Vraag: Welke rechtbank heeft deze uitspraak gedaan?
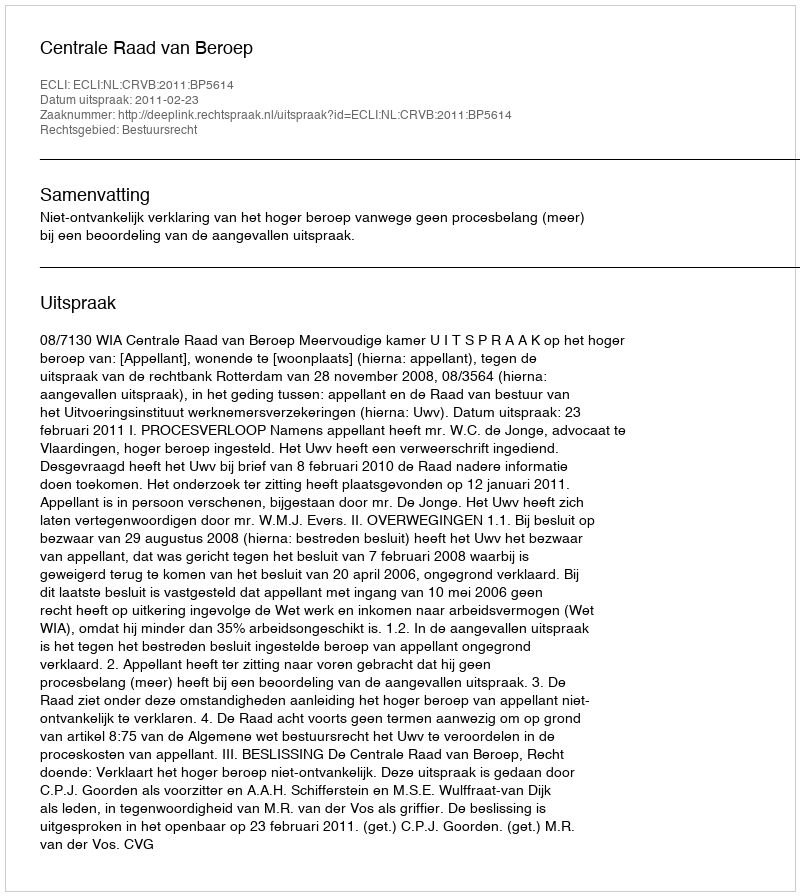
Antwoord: Centrale Raad van Beroep